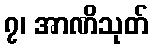
၇၊ အာဏိသုတ်